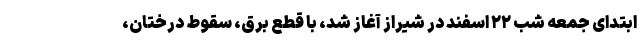
ابتدای جمعه شب ۲۲ اسفند در شیراز آغاز شد، با قطع برق، سقوط درختان،